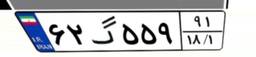
۶۲گ۵۵۹۹۱